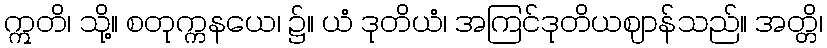
ဣတိ၊ သို့။ စတုက္ကနယေ၊ ၌။ ယံ ဒုတိယံ၊ အကြင်ဒုတိယဈာန်သည်။ အတ္တိ၊